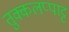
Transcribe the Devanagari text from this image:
तुक्कलप्पाट्ट